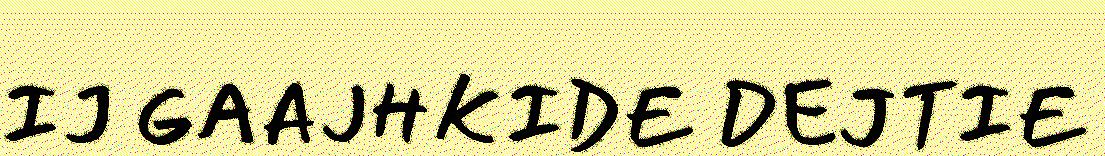
IJ GAAJHKIDE DEJTIE